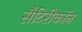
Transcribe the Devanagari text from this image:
सैटिरीकॉन